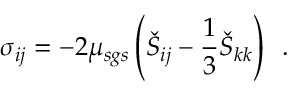
\sigma _ { i j } = - 2 \mu _ { s g s } \left( \check { S } _ { i j } - \frac { 1 } { 3 } \check { S } _ { k k } \right) \, \mathrm { ~ . ~ }